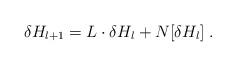
LaTeX: \begin{align*}\delta H_{l+1}= L \cdot \delta H_l + N[\delta H_l] \;.\end{align*}